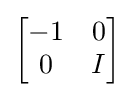
{\begin{bmatrix}-1&0\\0&I\end{bmatrix}}